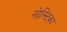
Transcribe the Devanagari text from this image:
नोस्टिका